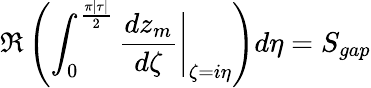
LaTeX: \Re\left(\int_{0}^{\frac{\pi|\tau|}{2}}\left.\frac{dz_{m}}{d\zeta}\right|_{\zeta=i\eta}\right)d\eta=S_{gap}